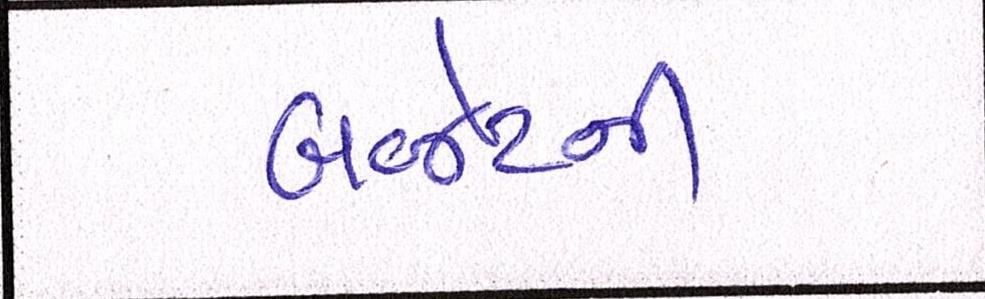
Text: બજેટની